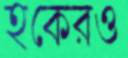
হকেরও